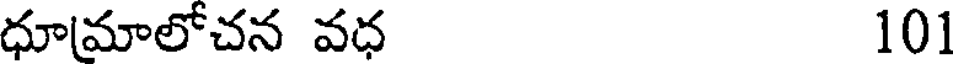
ధూమాలోచన వధ 101